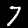
Digit: 7